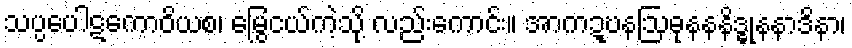
သပ္ပပေါဋကောဝိယစ၊ မြွေငယ်ကဲ့သို့ လည်းကောင်း။ အာကဍ္ဎနဩဓုနနနိဒ္ဓုနနာဒိနာ၊